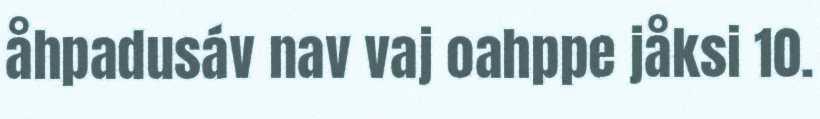
åhpadusáv nav vaj oahppe jåksi 10.